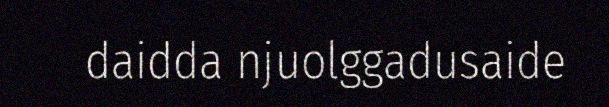
daidda njuolggadusaide